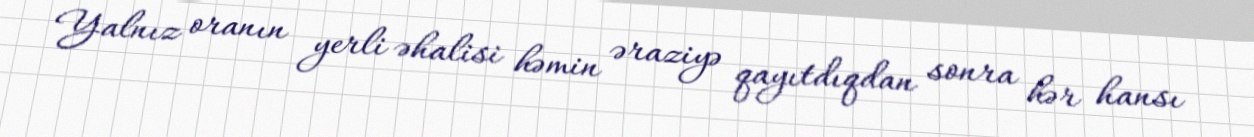
Yalnız oranın yerli əhalisi həmin əraziyə qayıtdıqdan sonra hər hansı